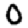
Digit: 0